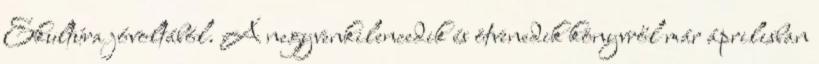
Ekultúra jóvoltából. A negyvenkilencedik és ötvenedik könyvről már áprilisban